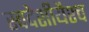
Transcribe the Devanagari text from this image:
स्वदेशीयैश्च